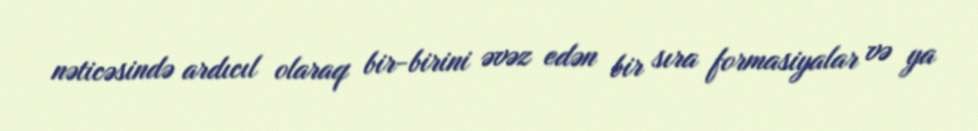
nəticəsində ardıcıl olaraq bir-birini əvəz edən bir sıra formasiyalar və ya